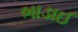
ભાડાઈ